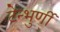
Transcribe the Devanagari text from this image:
टेन्भुर्णी